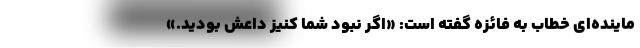
ماینده‌ای خطاب به فائزه گفته است: «اگر نبود شما کنیز داعش بودید.»